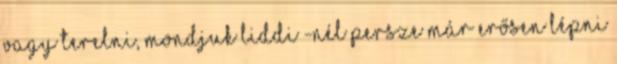
vagy terelni, mondjuk Liddi -nél persze már erősen lépni